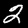
Digit: 2